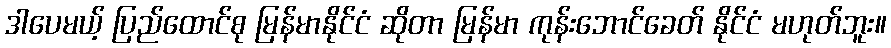
ဒါပေမယ့် ပြည်ထောင်စု မြန်မာနိုင်ငံ ဆိုတာ မြန်မာ ကုန်းဘောင်ခေတ် နိုင်ငံ မဟုတ်ဘူး။